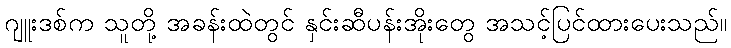
ဂျူးဒစ်က သူတို့ အခန်းထဲတွင် နှင်းဆီပန်းအိုးတွေ အသင့်ပြင်ထားပေးသည်။